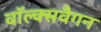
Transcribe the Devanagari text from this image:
वॉल्क्सवैगन